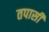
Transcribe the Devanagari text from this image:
तपासी